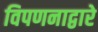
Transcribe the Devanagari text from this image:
विपणनाद्वारे